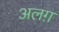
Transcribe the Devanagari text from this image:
अलग़